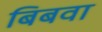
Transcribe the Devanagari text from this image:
बिबवा